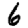
Digit: 6